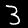
Digit: 3